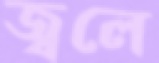
জ্বলে